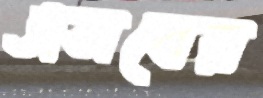
এসবের